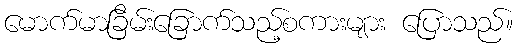
မောက်မာခြိမ်းခြောက်သည့်စကားများ ပြောသည်။